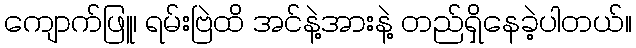
ကျောက်ဖြူ၊ ရမ်းဗြဲထိ အင်နဲ့အားနဲ့ တည်ရှိနေခဲ့ပါတယ်။